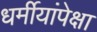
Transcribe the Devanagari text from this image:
धर्मीयांपेक्षा